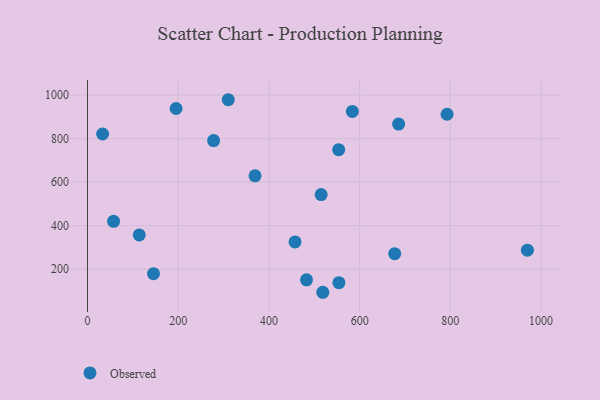
{"axis": {"x": "Ad Spend", "y": "Fuel Efficiency"}, "legend": ["Observed"], "data": [{"x": "145.5", "y": 179.4, "type": "Observed"}, {"x": "969.8", "y": 287.2, "type": "Observed"}, {"x": "310.3", "y": 978.6, "type": "Observed"}, {"x": "482.8", "y": 151.3, "type": "Observed"}, {"x": "369.3", "y": 628.8, "type": "Observed"}, {"x": "685.9", "y": 866.5, "type": "Observed"}, {"x": "515.1", "y": 543.0, "type": "Observed"}, {"x": "33.3", "y": 821.2, "type": "Observed"}, {"x": "457.5", "y": 325.2, "type": "Observed"}, {"x": "278.0", "y": 790.7, "type": "Observed"}, {"x": "677.3", "y": 271.2, "type": "Observed"}, {"x": "792.7", "y": 911.8, "type": "Observed"}, {"x": "195.3", "y": 938.2, "type": "Observed"}, {"x": "583.9", "y": 924.8, "type": "Observed"}, {"x": "114.0", "y": 357.3, "type": "Observed"}, {"x": "518.7", "y": 93.9, "type": "Observed"}, {"x": "57.5", "y": 419.8, "type": "Observed"}, {"x": "554.3", "y": 138.1, "type": "Observed"}, {"x": "553.8", "y": 749.0, "type": "Observed"}]}